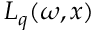
{ \cal L } _ { q } ( \omega , x )